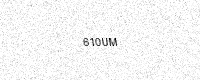
Text: 610UM